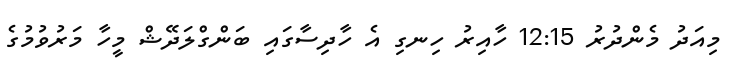
މިއަދު މެންދުރު 12:15 ހާއިރު ހިނގި އެ ހާދިސާގައި ބަންގްލަދޭޝް މީހާ މަރުވުމުގެ